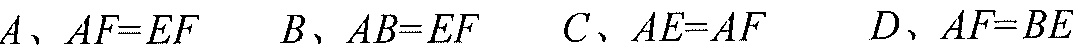
\(A、AF = EF\)  \(B、AB = EF\)  \(C、AE = AF\)  \(D、AF = BE\)